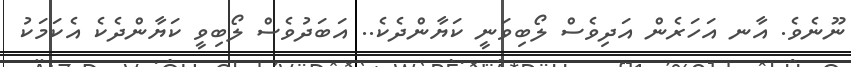
ނޫނެވެ. އާނ އަހަރެން އަދިވެސް ލޯބިވަނީ ކަޔާންދެކެ.. އަބަދުވެސް ލޯބިވީ ކަޔާންދެކެ އެކަމަކު